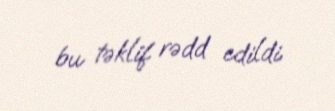
bu təklif rədd edildi.